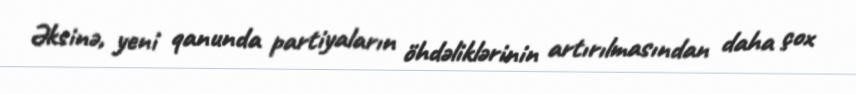
Əksinə, yeni qanunda partiyaların öhdəliklərinin artırılmasından daha çox